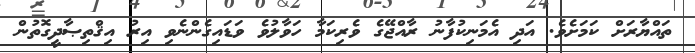
ތައްޔާރަށް ކަމަށެވެ. އަދި އެމަނިކުފާނު ރާއްޖޭގެ ވެރިކަމާ ހަވާލުވެ ވަޑައިގެންނެވި އިރު އިޤްތިޞާދީގޮތުން